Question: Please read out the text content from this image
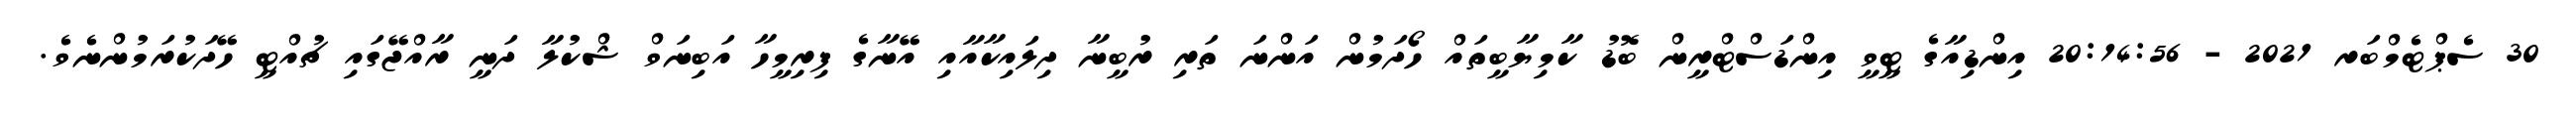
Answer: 30 ސެޕްޓެމްބަރ 2021 - 20:14:56 އިންޑިއާގެ ޓީވީ އިންޑަސްޓްރީން ބޮޑު ކާމިޔާބީތައް ހޯދަމުން އަންނަ ތަރި ރުބީނާ ދިލައިކާއާއި އޭނާގެ ފިރިމީހާ އަބިނަވް ޝްކުލާ ދަނީ ރާއްޖޭގައި ޗުއްޓީ ހޭދަކުރަމުންނެވެ.